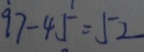
9 7 - 4 5 = 5 2